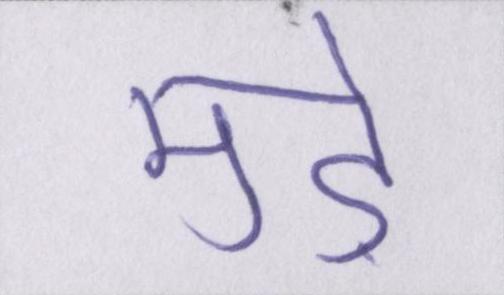
मुड़े